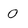
Character: 0